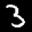
Label: 3